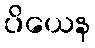
ပိယေန